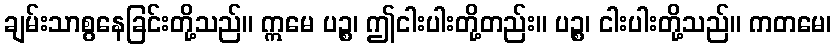
ချမ်းသာစွနေခြင်းတို့သည်။ ဣမေ ပဉ္စ၊ ဤငါးပါးတို့တည်း။ ပဉ္စ၊ ငါးပါးတို့သည်။ ကတမေ၊